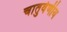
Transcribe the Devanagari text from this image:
चातुर्वर्णीय